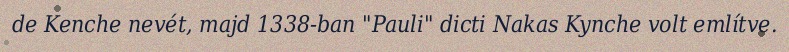
de Kenche nevét, majd 1338-ban "Pauli" dicti Nakas Kynche volt említve.